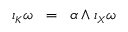
\iota _ { \scriptscriptstyle K } \omega \; \; = \; \; \alpha \wedge \iota _ { \scriptscriptstyle X } \omega